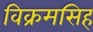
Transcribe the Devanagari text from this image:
विक्रमसिह